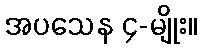
အပသေန ၄-မျိုး။